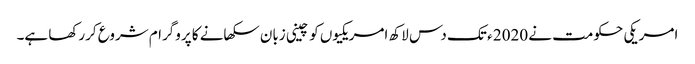
امریکی حکومت نے 2020 ء تک دس لاکھ امریکیوں کو چینی زبان سکھانے کا پروگرام شروع کررکھا ہے۔